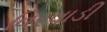
વિરવાડી